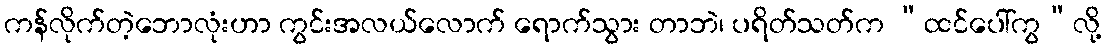
ကန်လိုက်တဲ့ဘောလုံးဟာ ကွင်းအလယ်လောက် ရောက်သွား တာဘဲ၊ ပရိတ်သတ်က “ထင်ပေါ်ကွ”လို့